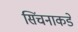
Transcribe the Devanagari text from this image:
सिंचनाकडे